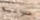
عدوانية